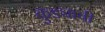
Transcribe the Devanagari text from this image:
कुड्याची